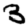
Digit: 3